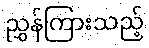
ညွှန်ကြားသည့်